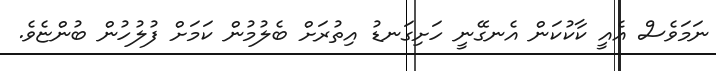
ނަމަވެސް އެއީ ކާކުކަން އެނގޭނީ ހަށިގަނޑު އިތުރަށް ބެލުމުން ކަމަށް ފުލުހުން ބުންޏެވެ.